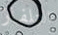
التلفاز